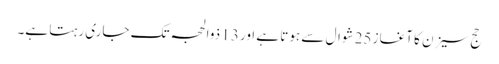
حج سیزن کا آغاز 25 شوال سے ہوتا ہے اور 13 ذوالحجہ تک جاری رہتا ہے۔